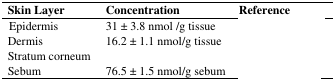
<table><thead><tr><td><b>Skin Layer</b></td><td><b>Concentration</b></td><td><b>Reference</b></td></tr></thead><tbody><tr><td>Epidermis</td><td>31 ± 3.8 nmol /g tissue</td><td>[EMPTY_CELL]</td></tr><tr><td>Dermis</td><td>16.2 ± 1.1 nmol/g tissue</td><td>[EMPTY_CELL]</td></tr><tr><td>Stratum corneum</td><td>[EMPTY_CELL]</td><td>[EMPTY_CELL]</td></tr><tr><td>Sebum</td><td>76.5 ± 1.5 nmol/g sebum</td><td>[EMPTY_CELL]</td></tr></tbody></table>